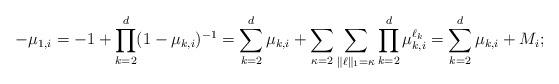
LaTeX: \begin{align*} -\mu_{1,i} = -1 + \prod_{k=2}^d (1-\mu_{k,i})^{-1} = \sum_{k=2}^d \mu_{k,i} + \sum_{\kappa=2}\sum_{\|\ell\|_1=\kappa} \prod_{k=2}^d \mu_{k,i}^{\ell_k} = \sum_{k=2}^d \mu_{k,i} + M_i;\end{align*}